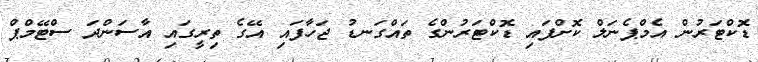
ޑޮކްޓަރުން އެމްޕެނަލް ކޮށްފައި ޑޮކްޓަރުންގެ ތައްގަނޑު ޖަހާފައި އޭގެ ތިރީގައި އާސަންދަ ސްޓޭމްޕް